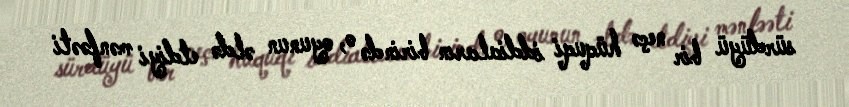
sürdüyü bir neçə hüquqi iddiaların birində o, oyunun əldə etdiyi mənfəəti